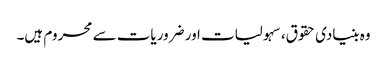
وہ بنیادی حقوق، سہولیات اور ضروریات سے محروم ہیں۔